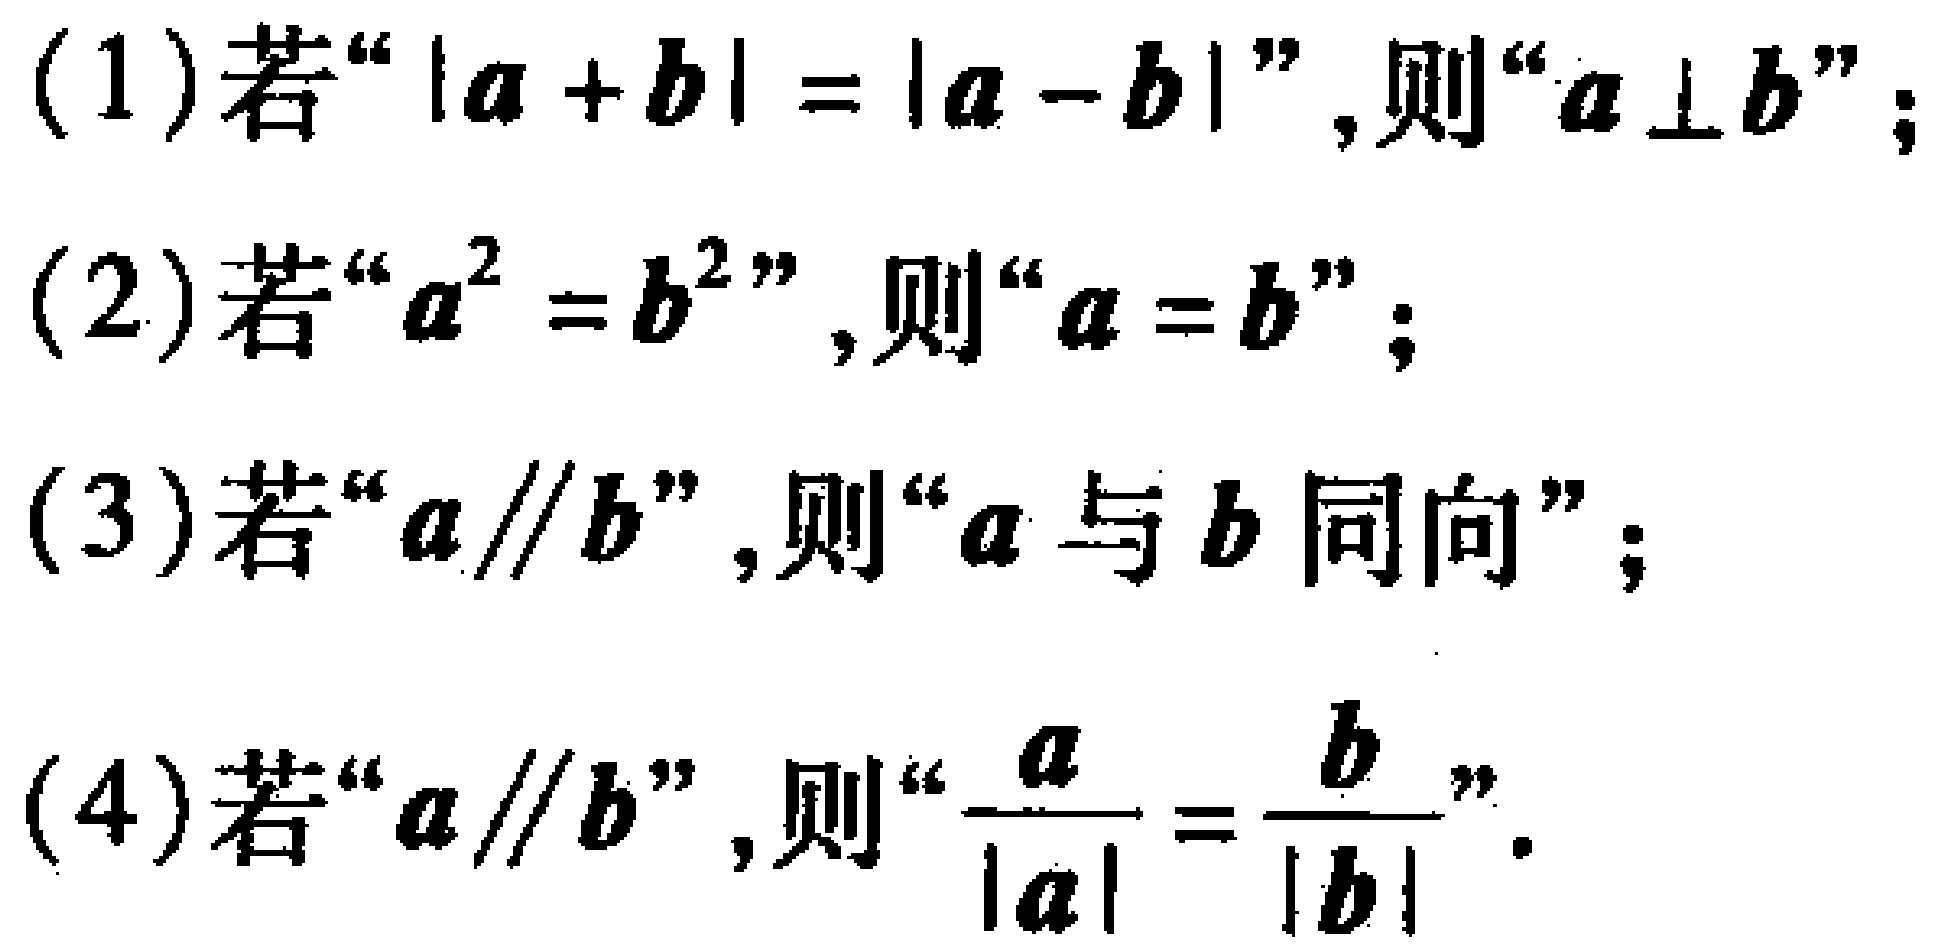
(1)若“\(\vert\boldsymbol{a} + \boldsymbol{b}\vert = \vert\boldsymbol{a} - \boldsymbol{b}\vert\)”，则“\(\boldsymbol{a}\perp\boldsymbol{b}\)”；
(2)若“\(\boldsymbol{a}^{2} = \boldsymbol{b}^{2}\)”，则“\(\boldsymbol{a} = \boldsymbol{b}\)”；
(3)若“\(\boldsymbol{a}\parallel\boldsymbol{b}\)”，则“\(\boldsymbol{a}\)与\(\boldsymbol{b}\)同向”；
(4)若“\(\boldsymbol{a}\parallel\boldsymbol{b}\)”，则“\(\frac{\boldsymbol{a}}{\vert\boldsymbol{a}\vert} = \frac{\boldsymbol{b}}{\vert\boldsymbol{b}\vert}\)”。